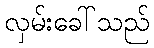
လှမ်းခေါ်သည်